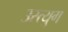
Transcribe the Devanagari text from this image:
उस्त्युग